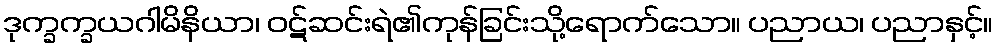
ဒုက္ခက္ခယဂါမိနိယာ၊ ဝဋ်ဆင်းရဲ၏ကုန်ခြင်းသို့ရောက်သော။ ပညာယ၊ ပညာနှင့်။